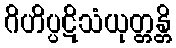
ဂိဟိပ္ပဋိသံယုတ္တန္တိ